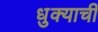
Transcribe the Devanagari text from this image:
धुक्याची